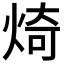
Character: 𪸴